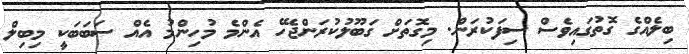
ބިލެއްގެ ގޮތުގައިވެސް ސިފަކުރަން. މިގޮތަށް ގަބޫލުކުރަންޖެހޭ އެންމެ މުހިންމު އެއް ސަބަބަކީ މިބިލް